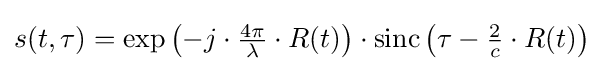
{\textstyle s(t,\tau )=\exp \left(-j\cdot {\frac {4\pi }{\lambda }}\cdot R(t)\right)\cdot \operatorname {sinc} \left(\tau -{\frac {2}{c}}\cdot R(t)\right)}